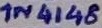
Text: 1N4148